Senior Leaving Certificate Examination (including Day School Certificate (Higher) General paper), 1946
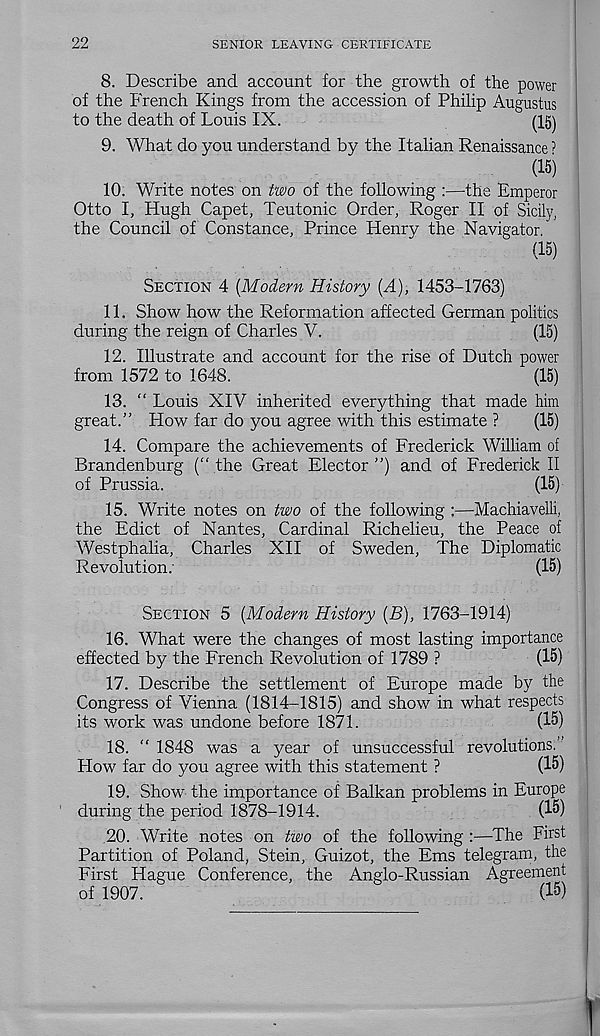
22
SENIOR LEAVING CERTIFICATE
8. Describe and account for the growth of the power
of the French Kings from the accession of Philip Augustus
to the death of Louis IX.
(15)
9. What do you understand by the Italian Renaissance ?
(15)
10. Write notes on two of the following :—the Emperor
Otto I, Hugh Capet, Teutonic Order, Roger II of Sicily,
the Council of Constance, Prince Henry the Navigator.
(15)
SECTION 4 [Modern History [A), 1453-1763)
11. Show how the Reformation affected German politics
during the reign of Charles V.
(15)
12. Illustrate and account for the rise of Dutch power
from 1572 to 1648.
(15)
13. “ Louis XIV inherited everything that made him
great.” How far do you agree with this estimate ?
(15)
14. Compare the achievements of Frederick William of
Brandenburg (“ the Great Elector ”) and of Frederick II
of Prussia.
(15)
15. Write notes on two of the following :—Machiavelli,
the Edict of Nantes, Cardinal Richelieu, the Peace of
Westphalia, Charles XII of Sweden, The Diplomatic
Revolution.
(15)
SECTION 5 [Modern History [B), 1763-1914)
16. What were the changes of most lasting importance
effected by the French Revolution of 1789 ?
(15)
17. Describe the settlement of Europe made by the
Congress of Vienna (1814-1815) and show in what respects
its work was undone before 1871.
(15)
18. “ 1848 was a year of unsuccessful revolutions. ’
How far do you agree with this statement ?
(15)
19. Show the importance of Balkan problems in Europe
during the period 1878-1914.
(15)
20. Write notes on two of the following :—The First
Partition of Poland, Stein, Guizot, the Ems telegram, the
First Hague Conference, the Anglo-Russian Agreement
of 1907.
(15)